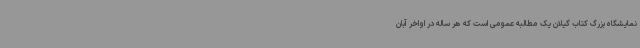
نمایشگاه بزرگ کتاب گیلان یک مطالبه عمومی است که هر ساله در اواخر آبان